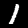
Digit: 1